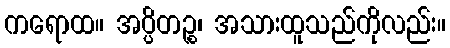
ကရောထ။ အပ္ပိတဉ္စ၊ အသားထူသည်ကိုလည်း။